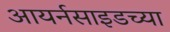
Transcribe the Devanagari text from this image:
आयर्नसाइडच्या